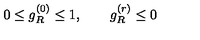
0 \leq g _ { R } ^ { ( 0 ) } \leq 1 , \qquad g _ { R } ^ { ( r ) } \leq 0